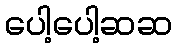
ပေါ့ပေါ့ဆဆ